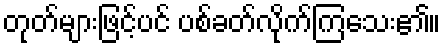
တုတ်များဖြင့်ပင် ပစ်ခတ်လိုက်ကြသေး၏။